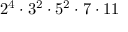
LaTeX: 2 ^ { 4 } \cdot 3 ^ { 2 } \cdot 5 ^ { 2 } \cdot 7 \cdot 1 1